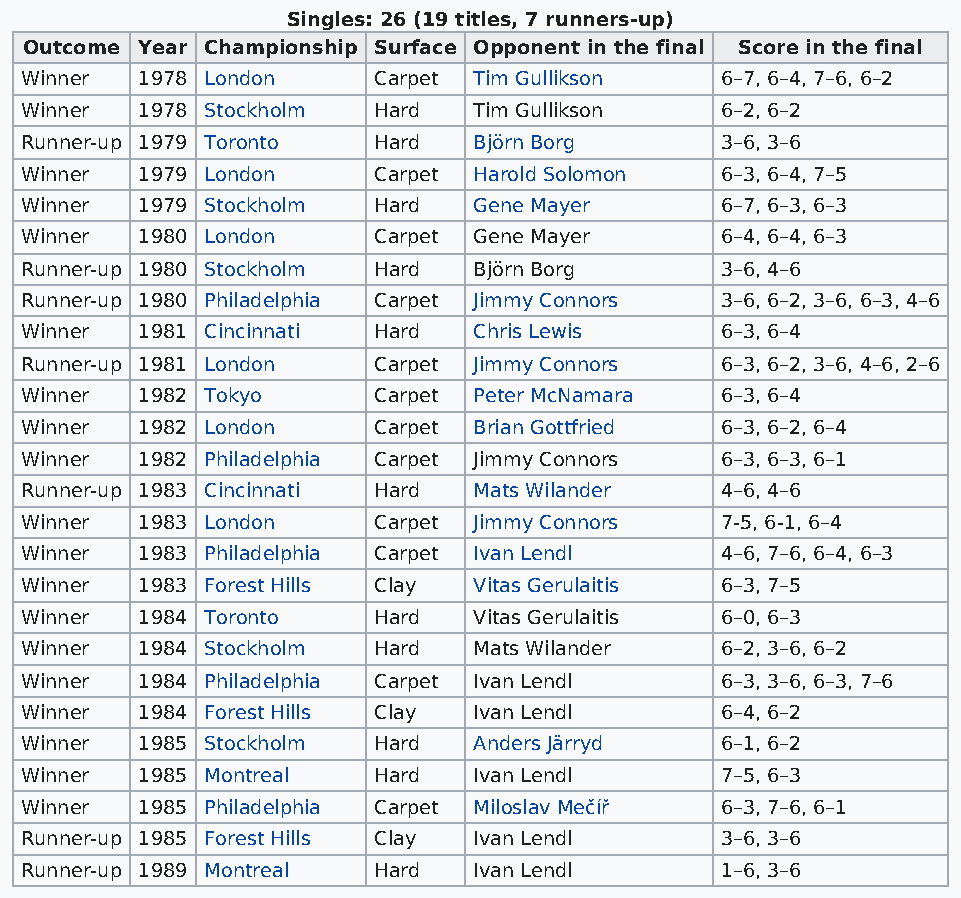
Singles: 26 (19 titles, 7 runners-up)
 Outcome Year Championship Surface Opponent in the final Score in the final
 Winner  1978 London     Carpet Tim Gullikson   6–7, 6–4, 7–6, 6–2
 Winner  1978 Stockholm  Hard  Tim Gullikson    6–2, 6–2
 Runner-up 1979 Toronto  Hard  Björn Borg       3–6, 3–6
 Winner  1979 London     Carpet Harold Solomon  6–3, 6–4, 7–5
 Winner  1979 Stockholm  Hard  Gene Mayer       6–7, 6–3, 6–3
 Winner  1980 London     Carpet Gene Mayer      6–4, 6–4, 6–3
 Runner-up 1980 Stockholm Hard Björn Borg       3–6, 4–6
 Runner-up 1980 Philadelphia Carpet Jimmy Connors 3–6, 6–2, 3–6, 6–3, 4–6
 Winner  1981 Cincinnati Hard  Chris Lewis      6–3, 6–4
 Runner-up 1981 London   Carpet Jimmy Connors   6–3, 6–2, 3–6, 4–6, 2–6
 Winner  1982 Tokyo      Carpet Peter McNamara  6–3, 6–4
 Winner  1982 London     Carpet Brian Gottfried 6–3, 6–2, 6–4
 Winner  1982 Philadelphia Carpet Jimmy Connors 6–3, 6–3, 6–1
 Runner-up 1983 Cincinnati Hard Mats Wilander   4–6, 4–6
 Winner  1983 London     Carpet Jimmy Connors   7-5, 6-1, 6–4
 Winner  1983 Philadelphia Carpet Ivan Lendl    4–6, 7–6, 6–4, 6–3
 Winner  1983 Forest Hills Clay Vitas Gerulaitis 6–3, 7–5
 Winner  1984 Toronto    Hard  Vitas Gerulaitis 6–0, 6–3
 Winner  1984 Stockholm  Hard  Mats Wilander    6–2, 3–6, 6–2
 Winner  1984 Philadelphia Carpet Ivan Lendl    6–3, 3–6, 6–3, 7–6
 Winner  1984 Forest Hills Clay Ivan Lendl      6–4, 6–2
 Winner  1985 Stockholm  Hard  Anders Järryd    6–1, 6–2
 Winner  1985 Montreal   Hard  Ivan Lendl       7–5, 6–3
 Winner  1985 Philadelphia Carpet Miloslav Mečíř 6–3, 7–6, 6–1
 Runner-up 1985 Forest Hills Clay Ivan Lendl    3–6, 3–6
 Runner-up 1989 Montreal Hard  Ivan Lendl       1–6, 3–6